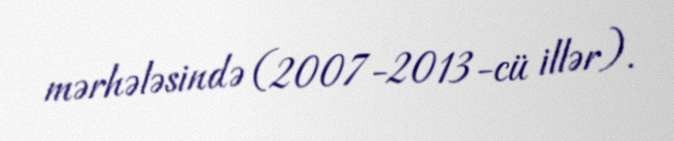
mərhələsində (2007-2013-cü illər).